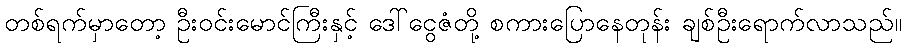
တစ်ရက်မှာတော့ ဦးဝင်းမောင်ကြီးနှင့် ဒေါ်ငွေဇံတို့ စကားပြောနေတုန်း ချစ်ဦးရောက်လာသည်။